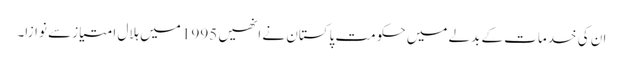
ان کی خدمات کے بدلے میں حکومت پاکستان نے انھیں 1995 میں ہلال امتیاز سے نوازا۔